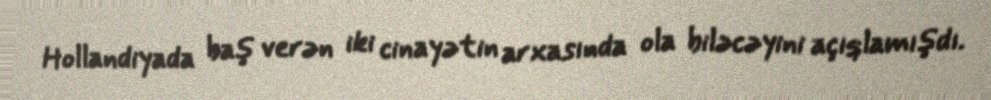
Hollandiyada baş verən iki cinayətin arxasında ola biləcəyini açıqlamışdı.